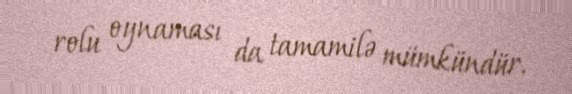
rolu oynaması da tamamilə mümkündür.